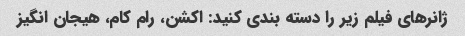
ژانرهای فیلم زیر را دسته بندی کنید: اکشن، رام کام، هیجان انگیز